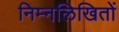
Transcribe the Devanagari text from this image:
निम्नलिखितों